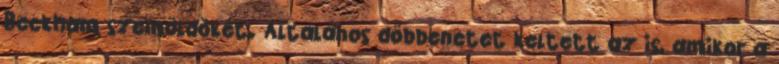
Beckham szemöldökét. Általános döbbenetet keltett az is, amikor a